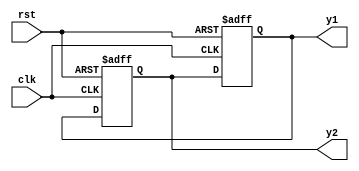
`timescale 1ns / 1ps
//////////////////////////////////////////////////////////////////////////////////
// Company: 
// Engineer: 
// 
// Design Name: 
// Module Name: race
// Project Name: 
// Target Devices: 
// Tool Versions: 
// Description: 
// 
// Dependencies: 
// 
// Revision:
// Revision 0.01 - File Created
// Additional Comments:
// 
//////////////////////////////////////////////////////////////////////////////////

//blocking1
module fbosc1 (y1, y2, clk, rst);
   output y1, y2; 
   input clk, rst; 
   reg y1, y2; 
//ALWAYS #2
always @(posedge clk or posedge rst) 
if (rst==1) y2 = 1; // preset 
else y2 = y1;
//ALWAYS #1
always @(posedge clk or posedge rst)
 if (rst==1) y1 = 0; // reset 
 else y1 = y2; 
 
endmodule


//blocking2
module fbosc2 (y1, y2, clk, rst);
   output y1, y2; 
   input clk, rst; 
   reg y1, y2; 

//ALWAYS #1
always @(posedge clk or posedge rst)
 if (rst==1) y1 = 0; // reset 
 else y1 = y2; 
 
 //ALWAYS #2
always @(posedge clk or posedge rst) 
if (rst==1) y2 = 1; // preset 
else y2 = y1;
 
endmodule

//Non-blocking
module fbosc3 (y1, y2, clk, rst);
   output y1, y2; 
   input clk, rst; 
   reg y1, y2; 
//ALWAYS #1
always @(posedge clk or posedge rst)
 if (rst) y1 <= 0; // reset 
 else y1 <= y2; 
//ALWAYS #2
always @(posedge clk or posedge rst) 
if (rst) y2 <= 1; // preset 
else y2 <= y1; 
endmodule